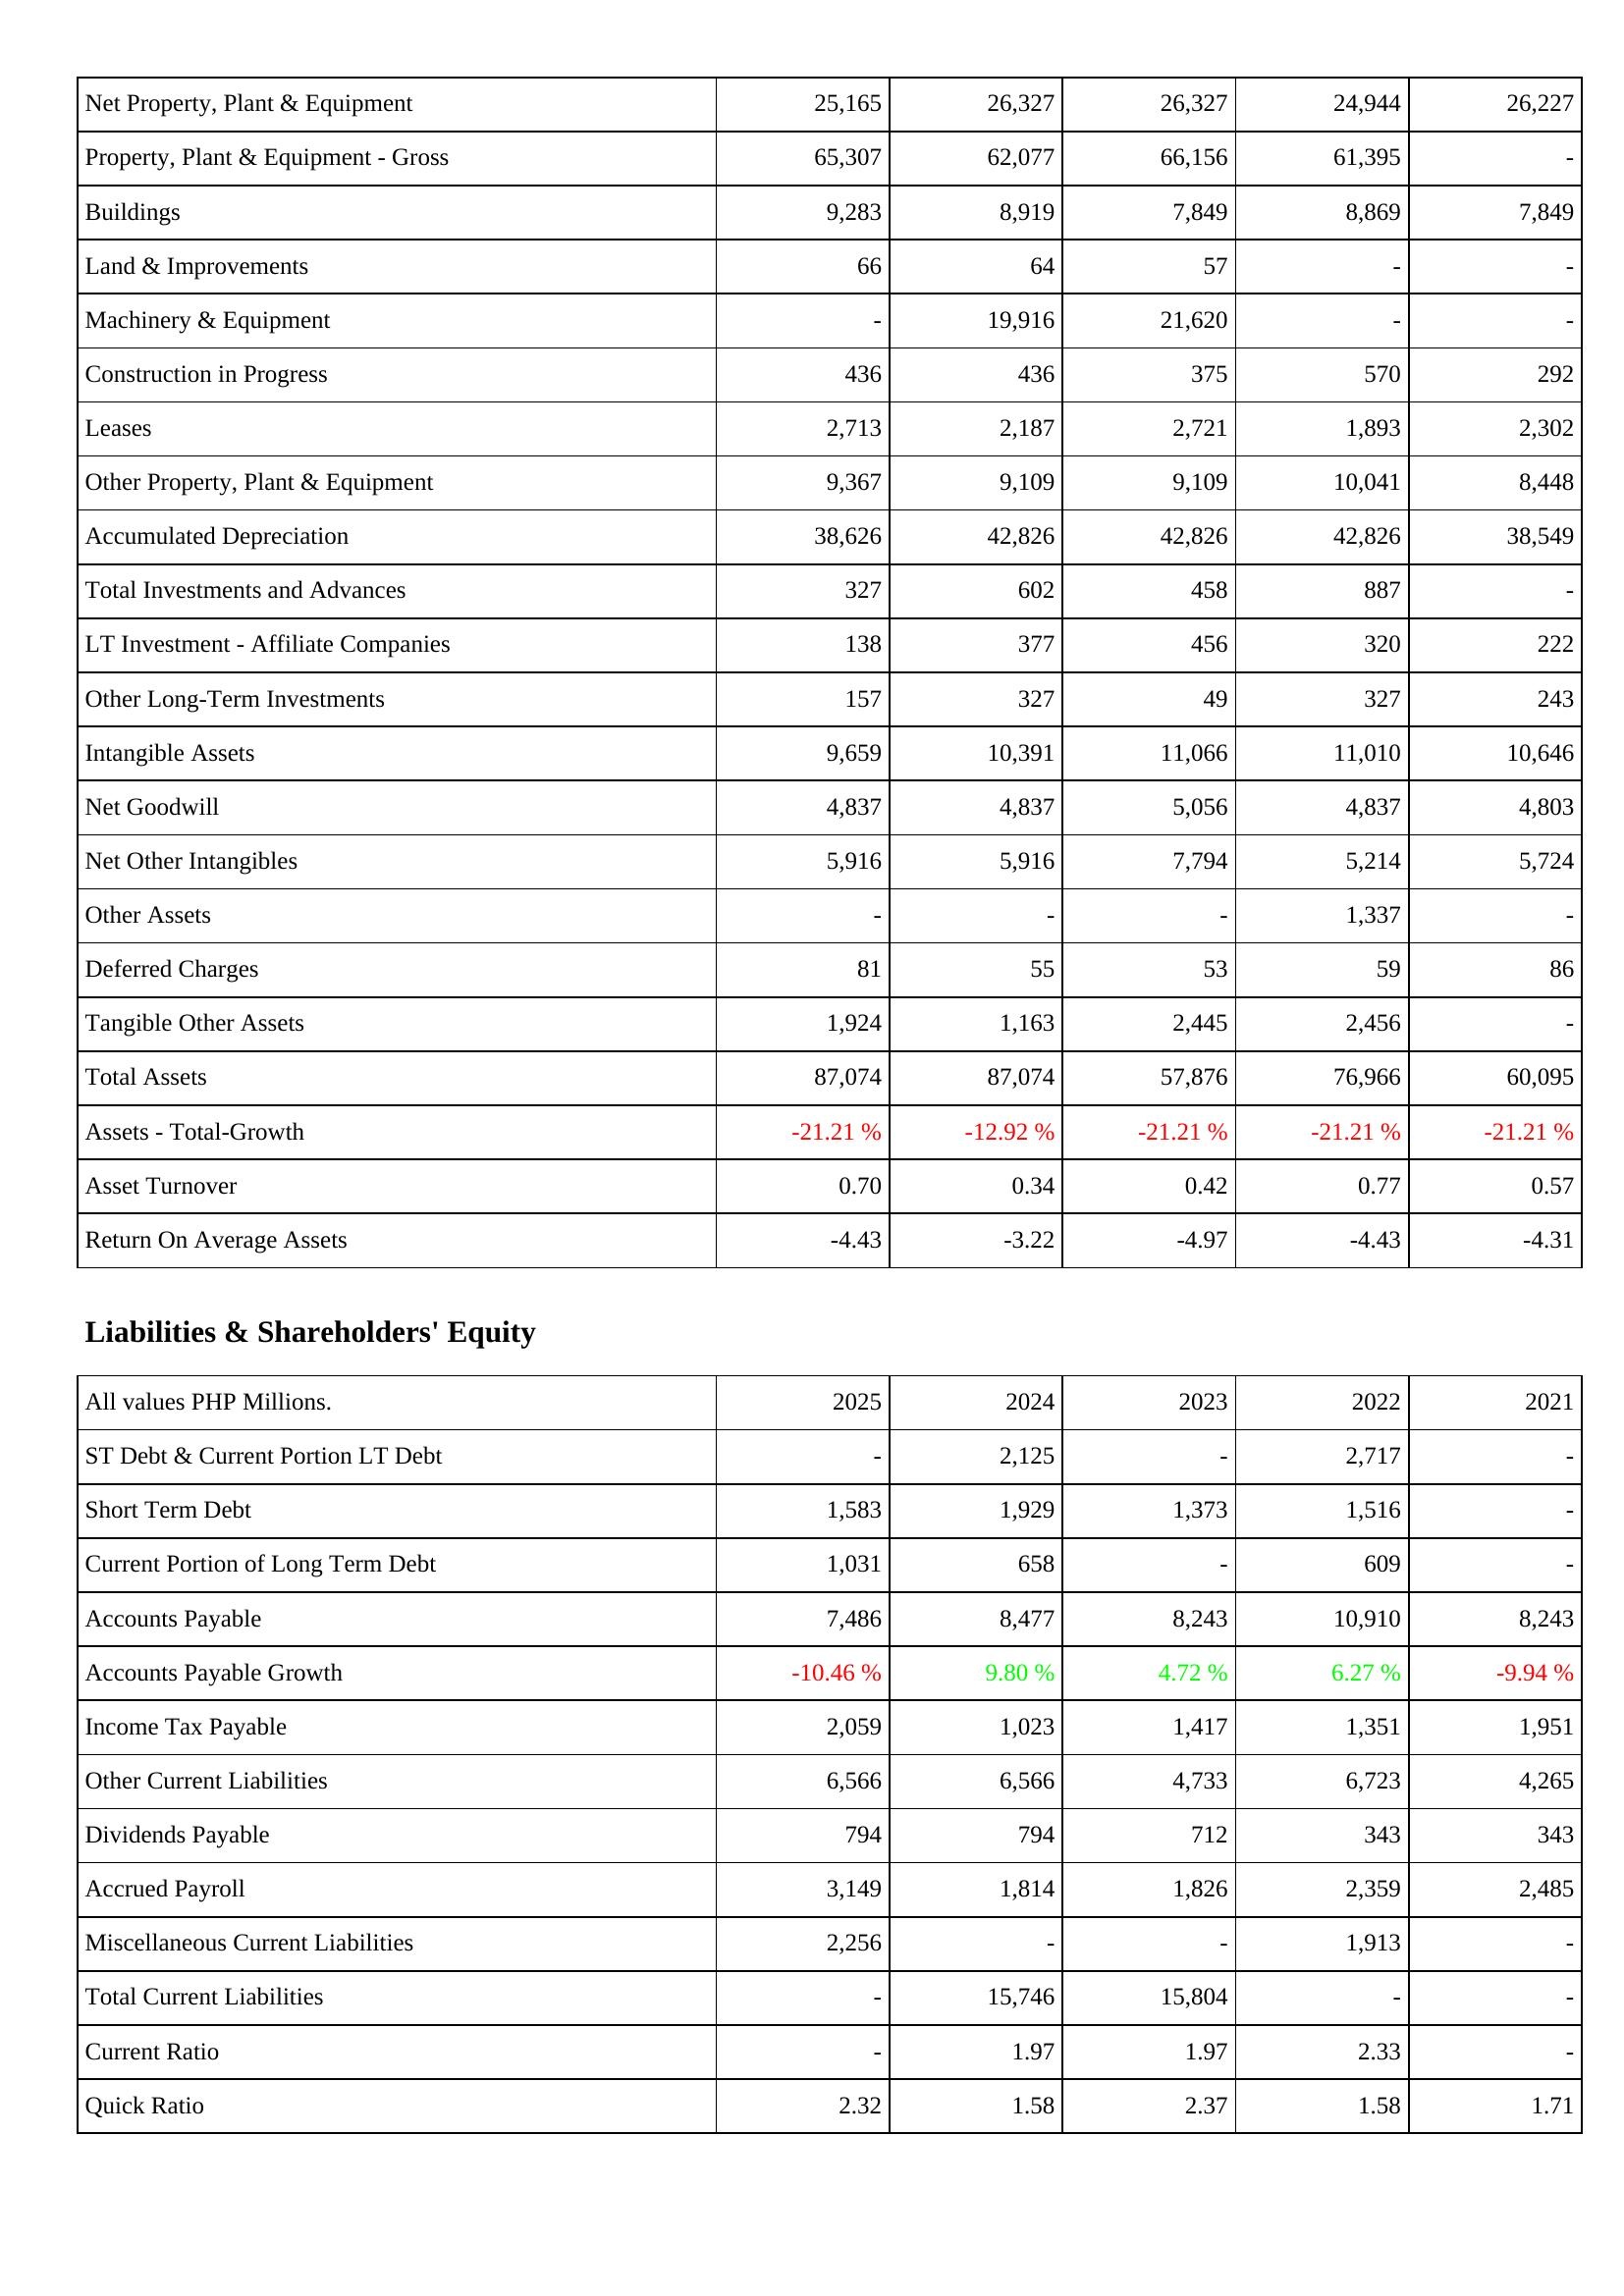
2025: Assets: Net Property, Plant & Equipment: 25,165
Property, Plant & Equipment - Gross: 65,307
Buildings: 9,283
Land & Improvements: 66
Machinery & Equipment: -
Construction in Progress: 436
Leases: 2,713
Other Property, Plant & Equipment: 9,367
Accumulated Depreciation: 38,626
Total Investments and Advances: 327
LT Investment - Affiliate Companies: 138
Other Long-Term Investments: 157
Intangible Assets: 9,659
Net Goodwill: 4,837
Net Other Intangibles: 5,916
Other Assets: -
Deferred Charges: 81
Tangible Other Assets: 1,924
Total Assets: 87,074
Assets - Total-Growth: -21.21 %
Asset Turnover: 0.70
Return On Average Assets: -4.43
Liabilities & Shareholders' Equity: ST Debt & Current Portion LT Debt: -
Short Term Debt: 1,583
Current Portion of Long Term Debt: 1,031
Accounts Payable: 7,486
Accounts Payable Growth: -10.46 %
Income Tax Payable: 2,059
Other Current Liabilities: 6,566
Dividends Payable: 794
Accrued Payroll: 3,149
Miscellaneous Current Liabilities: 2,256
Total Current Liabilities: -
Current Ratio: -
Quick Ratio: 2.32
2024: Assets: Net Property, Plant & Equipment: 26,327
Property, Plant & Equipment - Gross: 62,077
Buildings: 8,919
Land & Improvements: 64
Machinery & Equipment: 19,916
Construction in Progress: 436
Leases: 2,187
Other Property, Plant & Equipment: 9,109
Accumulated Depreciation: 42,826
Total Investments and Advances: 602
LT Investment - Affiliate Companies: 377
Other Long-Term Investments: 327
Intangible Assets: 10,391
Net Goodwill: 4,837
Net Other Intangibles: 5,916
Other Assets: -
Deferred Charges: 55
Tangible Other Assets: 1,163
Total Assets: 87,074
Assets - Total-Growth: -12.92 %
Asset Turnover: 0.34
Return On Average Assets: -3.22
Liabilities & Shareholders' Equity: ST Debt & Current Portion LT Debt: 2,125
Short Term Debt: 1,929
Current Portion of Long Term Debt: 658
Accounts Payable: 8,477
Accounts Payable Growth: 9.80 %
Income Tax Payable: 1,023
Other Current Liabilities: 6,566
Dividends Payable: 794
Accrued Payroll: 1,814
Miscellaneous Current Liabilities: -
Total Current Liabilities: 15,746
Current Ratio: 1.97
Quick Ratio: 1.58
2023: Assets: Net Property, Plant & Equipment: 26,327
Property, Plant & Equipment - Gross: 66,156
Buildings: 7,849
Land & Improvements: 57
Machinery & Equipment: 21,620
Construction in Progress: 375
Leases: 2,721
Other Property, Plant & Equipment: 9,109
Accumulated Depreciation: 42,826
Total Investments and Advances: 458
LT Investment - Affiliate Companies: 456
Other Long-Term Investments: 49
Intangible Assets: 11,066
Net Goodwill: 5,056
Net Other Intangibles: 7,794
Other Assets: -
Deferred Charges: 53
Tangible Other Assets: 2,445
Total Assets: 57,876
Assets - Total-Growth: -21.21 %
Asset Turnover: 0.42
Return On Average Assets: -4.97
Liabilities & Shareholders' Equity: ST Debt & Current Portion LT Debt: -
Short Term Debt: 1,373
Current Portion of Long Term Debt: -
Accounts Payable: 8,243
Accounts Payable Growth: 4.72 %
Income Tax Payable: 1,417
Other Current Liabilities: 4,733
Dividends Payable: 712
Accrued Payroll: 1,826
Miscellaneous Current Liabilities: -
Total Current Liabilities: 15,804
Current Ratio: 1.97
Quick Ratio: 2.37
2022: Assets: Net Property, Plant & Equipment: 24,944
Property, Plant & Equipment - Gross: 61,395
Buildings: 8,869
Land & Improvements: -
Machinery & Equipment: -
Construction in Progress: 570
Leases: 1,893
Other Property, Plant & Equipment: 10,041
Accumulated Depreciation: 42,826
Total Investments and Advances: 887
LT Investment - Affiliate Companies: 320
Other Long-Term Investments: 327
Intangible Assets: 11,010
Net Goodwill: 4,837
Net Other Intangibles: 5,214
Other Assets: 1,337
Deferred Charges: 59
Tangible Other Assets: 2,456
Total Assets: 76,966
Assets - Total-Growth: -21.21 %
Asset Turnover: 0.77
Return On Average Assets: -4.43
Liabilities & Shareholders' Equity: ST Debt & Current Portion LT Debt: 2,717
Short Term Debt: 1,516
Current Portion of Long Term Debt: 609
Accounts Payable: 10,910
Accounts Payable Growth: 6.27 %
Income Tax Payable: 1,351
Other Current Liabilities: 6,723
Dividends Payable: 343
Accrued Payroll: 2,359
Miscellaneous Current Liabilities: 1,913
Total Current Liabilities: -
Current Ratio: 2.33
Quick Ratio: 1.58
2021: Assets: Net Property, Plant & Equipment: 26,227
Property, Plant & Equipment - Gross: -
Buildings: 7,849
Land & Improvements: -
Machinery & Equipment: -
Construction in Progress: 292
Leases: 2,302
Other Property, Plant & Equipment: 8,448
Accumulated Depreciation: 38,549
Total Investments and Advances: -
LT Investment - Affiliate Companies: 222
Other Long-Term Investments: 243
Intangible Assets: 10,646
Net Goodwill: 4,803
Net Other Intangibles: 5,724
Other Assets: -
Deferred Charges: 86
Tangible Other Assets: -
Total Assets: 60,095
Assets - Total-Growth: -21.21 %
Asset Turnover: 0.57
Return On Average Assets: -4.31
Liabilities & Shareholders' Equity: ST Debt & Current Portion LT Debt: -
Short Term Debt: -
Current Portion of Long Term Debt: -
Accounts Payable: 8,243
Accounts Payable Growth: -9.94 %
Income Tax Payable: 1,951
Other Current Liabilities: 4,265
Dividends Payable: 343
Accrued Payroll: 2,485
Miscellaneous Current Liabilities: -
Total Current Liabilities: -
Current Ratio: -
Quick Ratio: 1.71